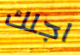
اجلك